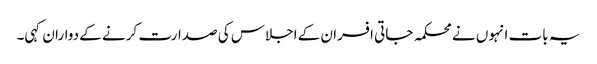
یہ بات انہوں نے محکمہ جاتی افسران کے اجلاس کی صدارت کرنے کے دواران کہی۔